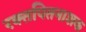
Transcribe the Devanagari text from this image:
रक्तपितनाशक